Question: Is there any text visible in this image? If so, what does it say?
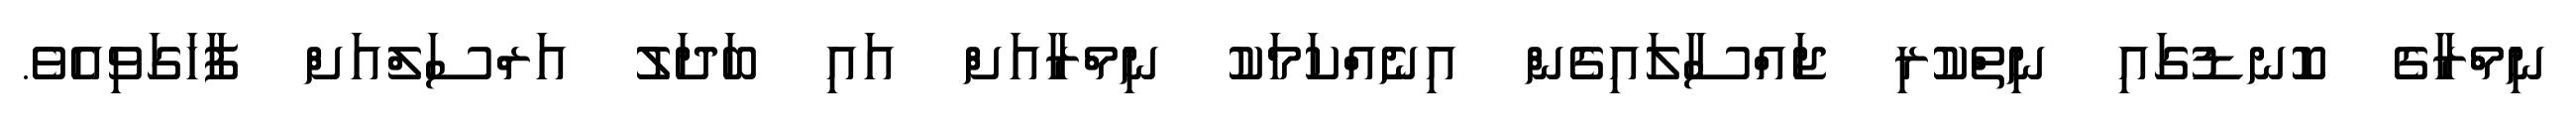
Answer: ނިމްރާގެ ކޮނޑުގައި ނިތްކުރި ޖައްސާލައިގެން އިނެއްކަމަކު ނިމްރާއަށް އައި ބަދަލު އަރްސަލްއަށް ފާހަގަވިއެވެ.